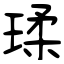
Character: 瑈